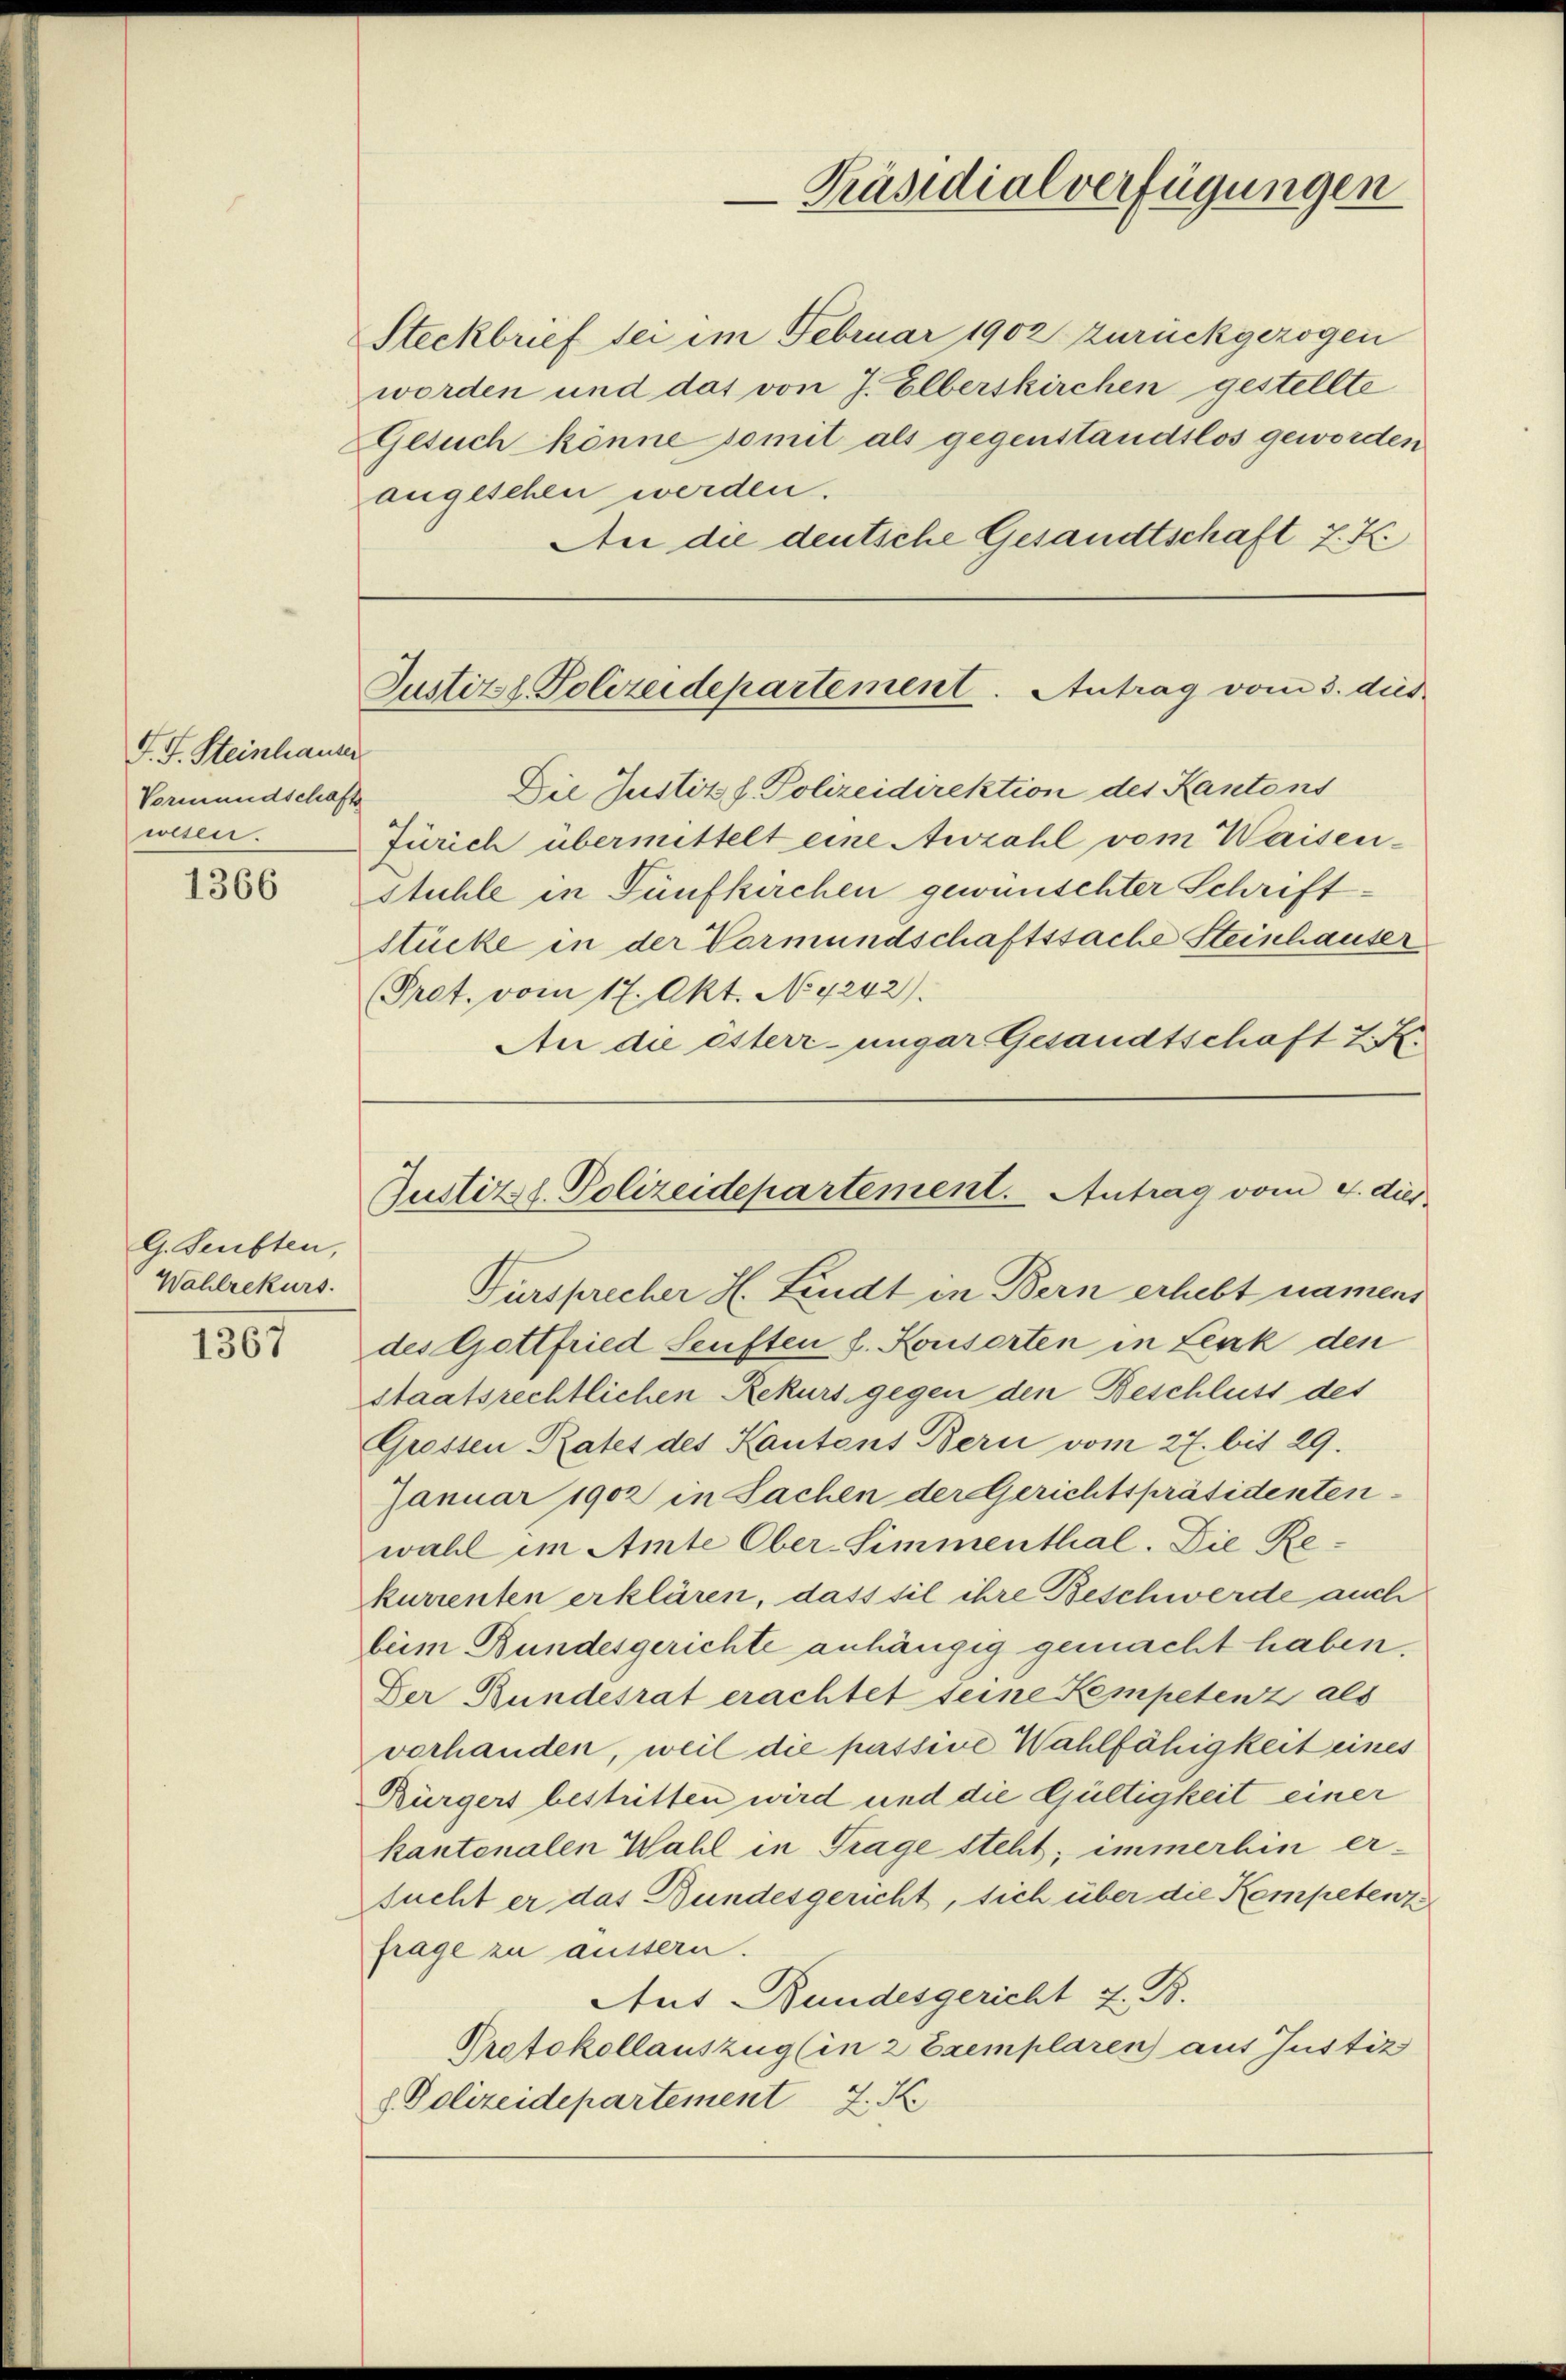
F. J. Steinhauser
Vormundschaft
wesen.

1366

G. Seubten,
Wahlrekurs.

1367

Präsidialverfügungen

Steckbrief sei im Februar 1902 zurückgezogen
worden und das von J. Elberskirchen gestellte
Gesuch könne somit als gegenstandslos geworden
augesehen werden.
An die deutsche Gesandtschaft 7. K.

Justizzl. Polizeidepartement. Antrag vom 3. dies

Justizst. Polizeidepartement. Antrag vom 4. dies
Fürsprecher H. Lindt in Bern erhebt namens

Die Justiz & Polizeidirektion des Kantons
Zürich übermittelt eine Anzahl vom Waisenstühle in Fünfkirchen gewünschter Schriftstücke in der Vormundschaftssache Steinhauser
(Pret. vom 17. Okt. No 4242).
An die esterrunger Gesandtschaft 2. X.
des Gottfried Senften s. Konsorten in Lenk den
staatsrechtlichen Rekurs gegen den Beschluss des
Grossen Rates des Kantons Bern vom 27. bit 29.
Januar 1902 in Sachen der Gerichtspräsidenten
wahl im Amte Ober-Simmenthal. Die Rekurrenten erklären, dass sie ihre Beschwerde auch
beim Bundesgerichte anhängig gemacht haben.
Der Bundesrat erachtet seine Kempetenz als
verhanden, weil die passive Wahlfähigkeit eines
Rürgers bestritten wird und die Gültigkeit einer
kantonalen Wahl in Trage steht; immerhin ersucht er das Bundesgericht, sich über die Kompetent
frage zu äussern.
Aut Bundesgericht z. B.
Protokollauszug (in 2 Exemplaren aus Justiz
Polizeidepartement J. K.